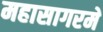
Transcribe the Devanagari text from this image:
महासागरमें